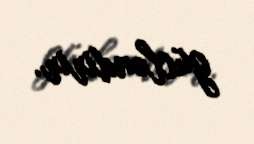
gücləndirir.